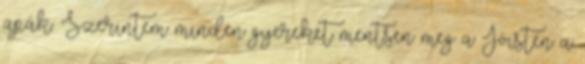
apák. Szerintem minden gyereket mentsen meg a Jóisten a